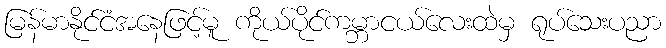
မြန်မာနိုင်ငံအနေဖြင့်မူ ကိုယ်ပိုင်ကမ္ဘာငယ်လေးထဲမှ ရုပ်သေးပညာ